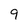
Character: 9